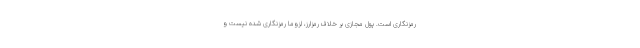
رمزنگاری است. پول مجازی بر خلاف رمزارز، لزوماً رمزنگاری شده نیست و